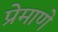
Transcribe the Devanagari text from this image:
प्रेमाणे